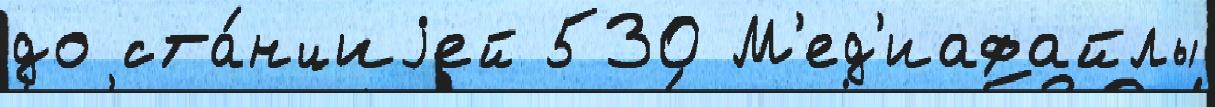
до ста́нциjей 530 М'ед'иафайлы